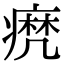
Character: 𤹈